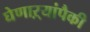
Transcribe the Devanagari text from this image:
घेणाऱ्यांपैकी